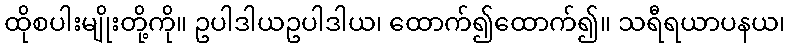
ထိုစပါးမျိုးတို့ကို။ ဥပါဒါယဥပါဒါယ၊ ထောက်၍ထောက်၍။ သရီရယာပနယ၊